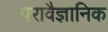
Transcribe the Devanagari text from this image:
परावैज्ञानिक